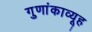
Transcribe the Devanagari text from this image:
गुणांकाव्यूह